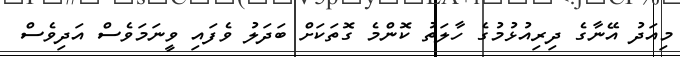
މިއަދު އޭނާގެ ދިރިއުޅުމުގެ ހާލަތު ކޮންމެ ގޮތަކަށް ބަދަލު ވެފައި ވީނަމަވެސް އަދިވެސް